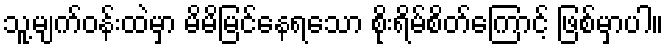
သူ့မျက်ဝန်းထဲမှာ မိမိမြင်နေရသော စိုးရိမ်စိတ်ကြောင့် ဖြစ်မှာပါ။